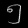
Digit: ၅